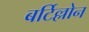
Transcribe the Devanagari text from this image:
बर्टिल्लोन